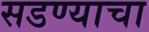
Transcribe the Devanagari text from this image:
सडण्याचा